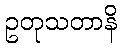
ဥတုသတာနိ